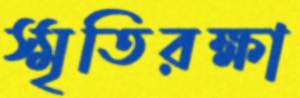
স্মৃতিরক্ষা